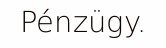
Pénzügy.